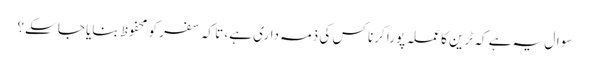
سوال یہ ہے کہ ٹرین کا عملہ پورا کرنا کس کی ذمہ داری ہے، تا کہ سفر کو محفوظ بنایا جا سکے؟